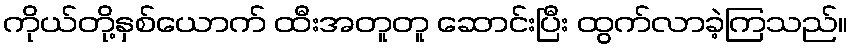
ကိုယ်တို့နှစ်ယောက် ထီးအတူတူ ဆောင်းပြီး ထွက်လာခဲ့ကြသည်။